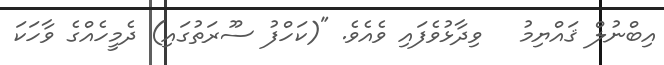
އިބްނުލް ޤައްޔިމު   ވިދާޅުވެފައި ވެއެވެ. "(ކަހްފު ސޫރަތުގައި) ދެމީހެއްގެ ވާހަކަ